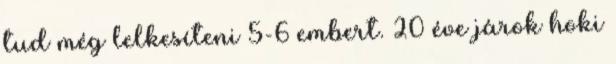
tud még lelkesíteni 5-6 embert. 20 éve járok hoki